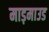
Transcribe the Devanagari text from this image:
माड़माउड